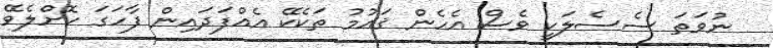
ނުވަތަ ސެސެލަކީ ވެސް އެހެން ޤައުމު ތަކެކޭ އެއްފަދައިން ފާހަގަ ކޮށްލެވޭ